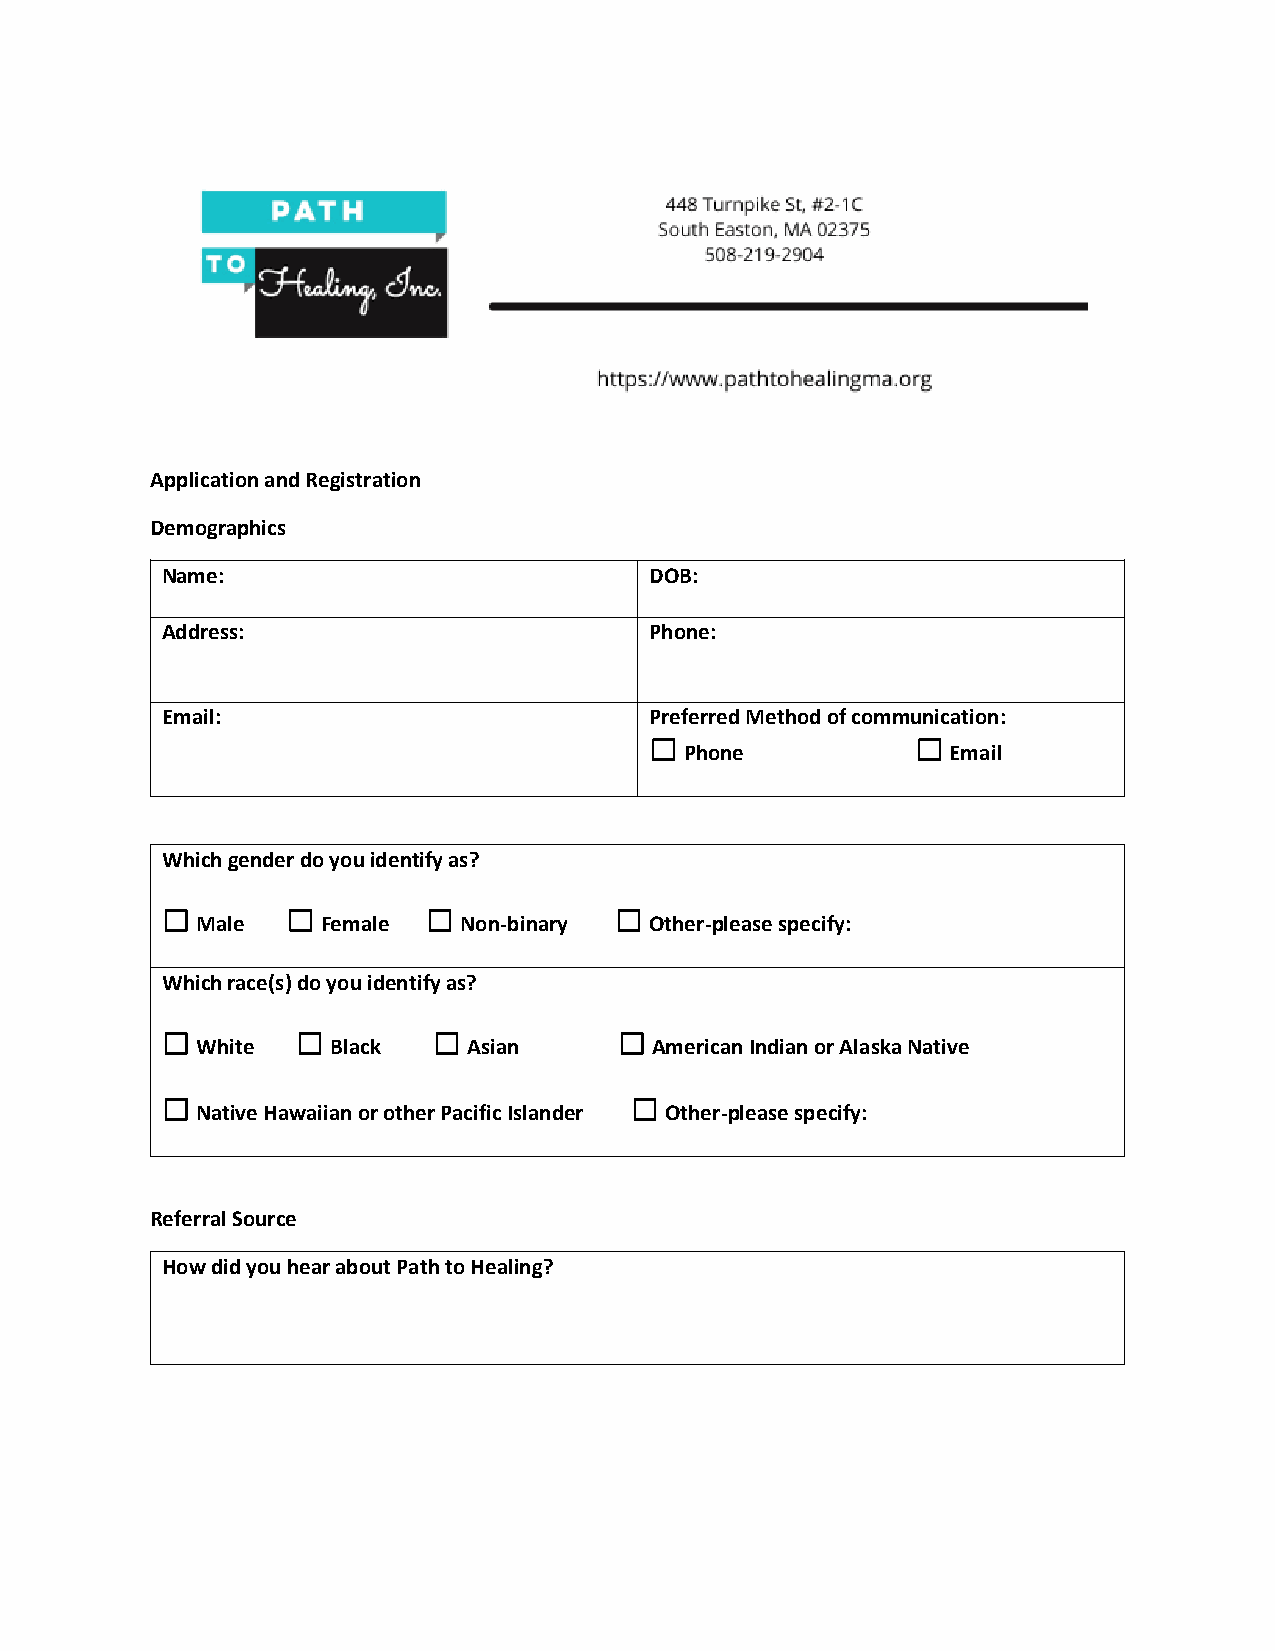
Application and Registration
 Demographics
 Name:                           DOB:
 Address:                        Phone:
 Email:                          Preferred Method of communication:
 ☐                 ☐
 Phone             Email
 Which gender do you identify as?
 ☐       ☐        ☐            ☐
 Male    Female   Non-binary   Other-please specify:
 Which race(s) do you identify as?
 ☐        ☐        ☐           ☐
 White    Black    Asian       American Indian or Alaska Native
 ☐                              ☐
 Native Hawaiian or other Pacific Islander Other-please specify:
 Referral Source
 How did you hear about Path to Healing?